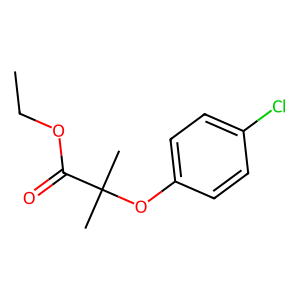
SMILES: CCOC(=O)C(C)(C)Oc1ccc(Cl)cc1
Inhibits HIV replication: No